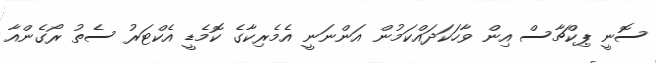
ސޮނީ ޕިކްޗާސް އިން ވާހަކަދައްކަމުން އަންނަނީ އެމެރިކާގެ ކޮމެޑީ އެކްޓަރު ސެތު ރޯގެންއާ